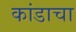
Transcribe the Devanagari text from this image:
कांडाचा